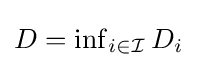
{\textstyle D=\inf _{i\in {\mathcal {I}}}D_{i}}